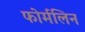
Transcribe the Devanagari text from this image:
फोर्मलिन